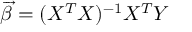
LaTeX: { \overrightarrow { \beta } } = ( X ^ { T } X ) ^ { - 1 } X ^ { T } Y